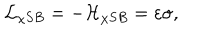
LaTeX: { \cal L } _ { \chi S B } = - { \cal H } _ { \chi S B } = \varepsilon \sigma ,